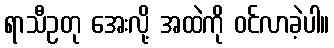
ရာသီဥတု အေးလို့ အထဲကို ဝင်လာခဲ့ပါ။